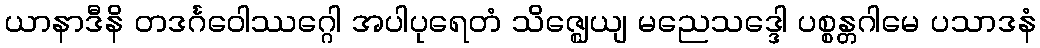
ယာနာဒီနိ တဒင်္ဂဝေါဿဂ္ဂေါ အပါပုရေတံ သိဇ္ဈေယျ မညေသဒ္ဒေါ ပစ္စန္တဂါမေ ပသာဒနံ